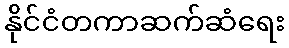
နိုင်ငံတကာဆက်ဆံရေး